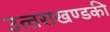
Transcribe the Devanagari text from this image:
उत्‍तराखण्‍डकी